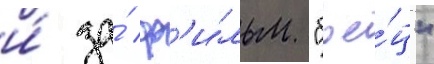
и́ за́ ф'и́льм "бое́ц"